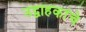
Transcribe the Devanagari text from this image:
उद्वाहकांचे